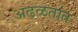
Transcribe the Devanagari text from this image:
अढळतांत